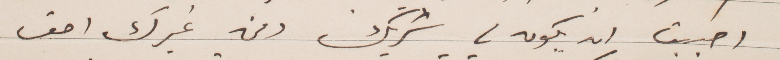
أحببت ان يكون لي شريك ومن غيرك احق